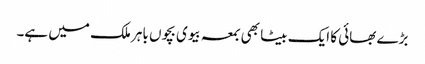
بڑے بھائی کا ایک بیٹا بھی بمعہ بیوی بچوں باہر ملک میں ہے۔